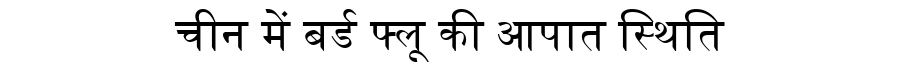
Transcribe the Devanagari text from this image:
चीन में बर्ड फ्लू की आपात स्थिति